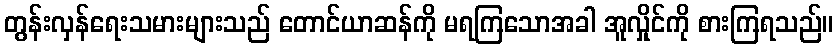
တွန်းလှန်ရေးသမားများသည် တောင်ယာဆန်ကို မရကြသောအခါ အူလှိုင်ကို စားကြရသည်။